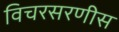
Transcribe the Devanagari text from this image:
विचरसरणीस